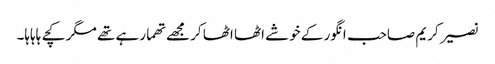
نصیر کریم صاحب انگور کے خوشے اٹھا اٹھا کر مجھے تھما رہے تھے مگر کچے ہاہاہا۔